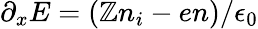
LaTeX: \partial_{x}E=(\mathbb{Z}n_{i}-en)/\epsilon_{0}